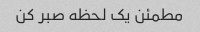
مطمئن یک لحظه صبر کن